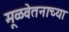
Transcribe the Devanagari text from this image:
मूळवेतनाच्या